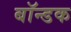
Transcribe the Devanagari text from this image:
बॉन्डक